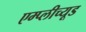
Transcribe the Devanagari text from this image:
एम्प्लीच्यूड